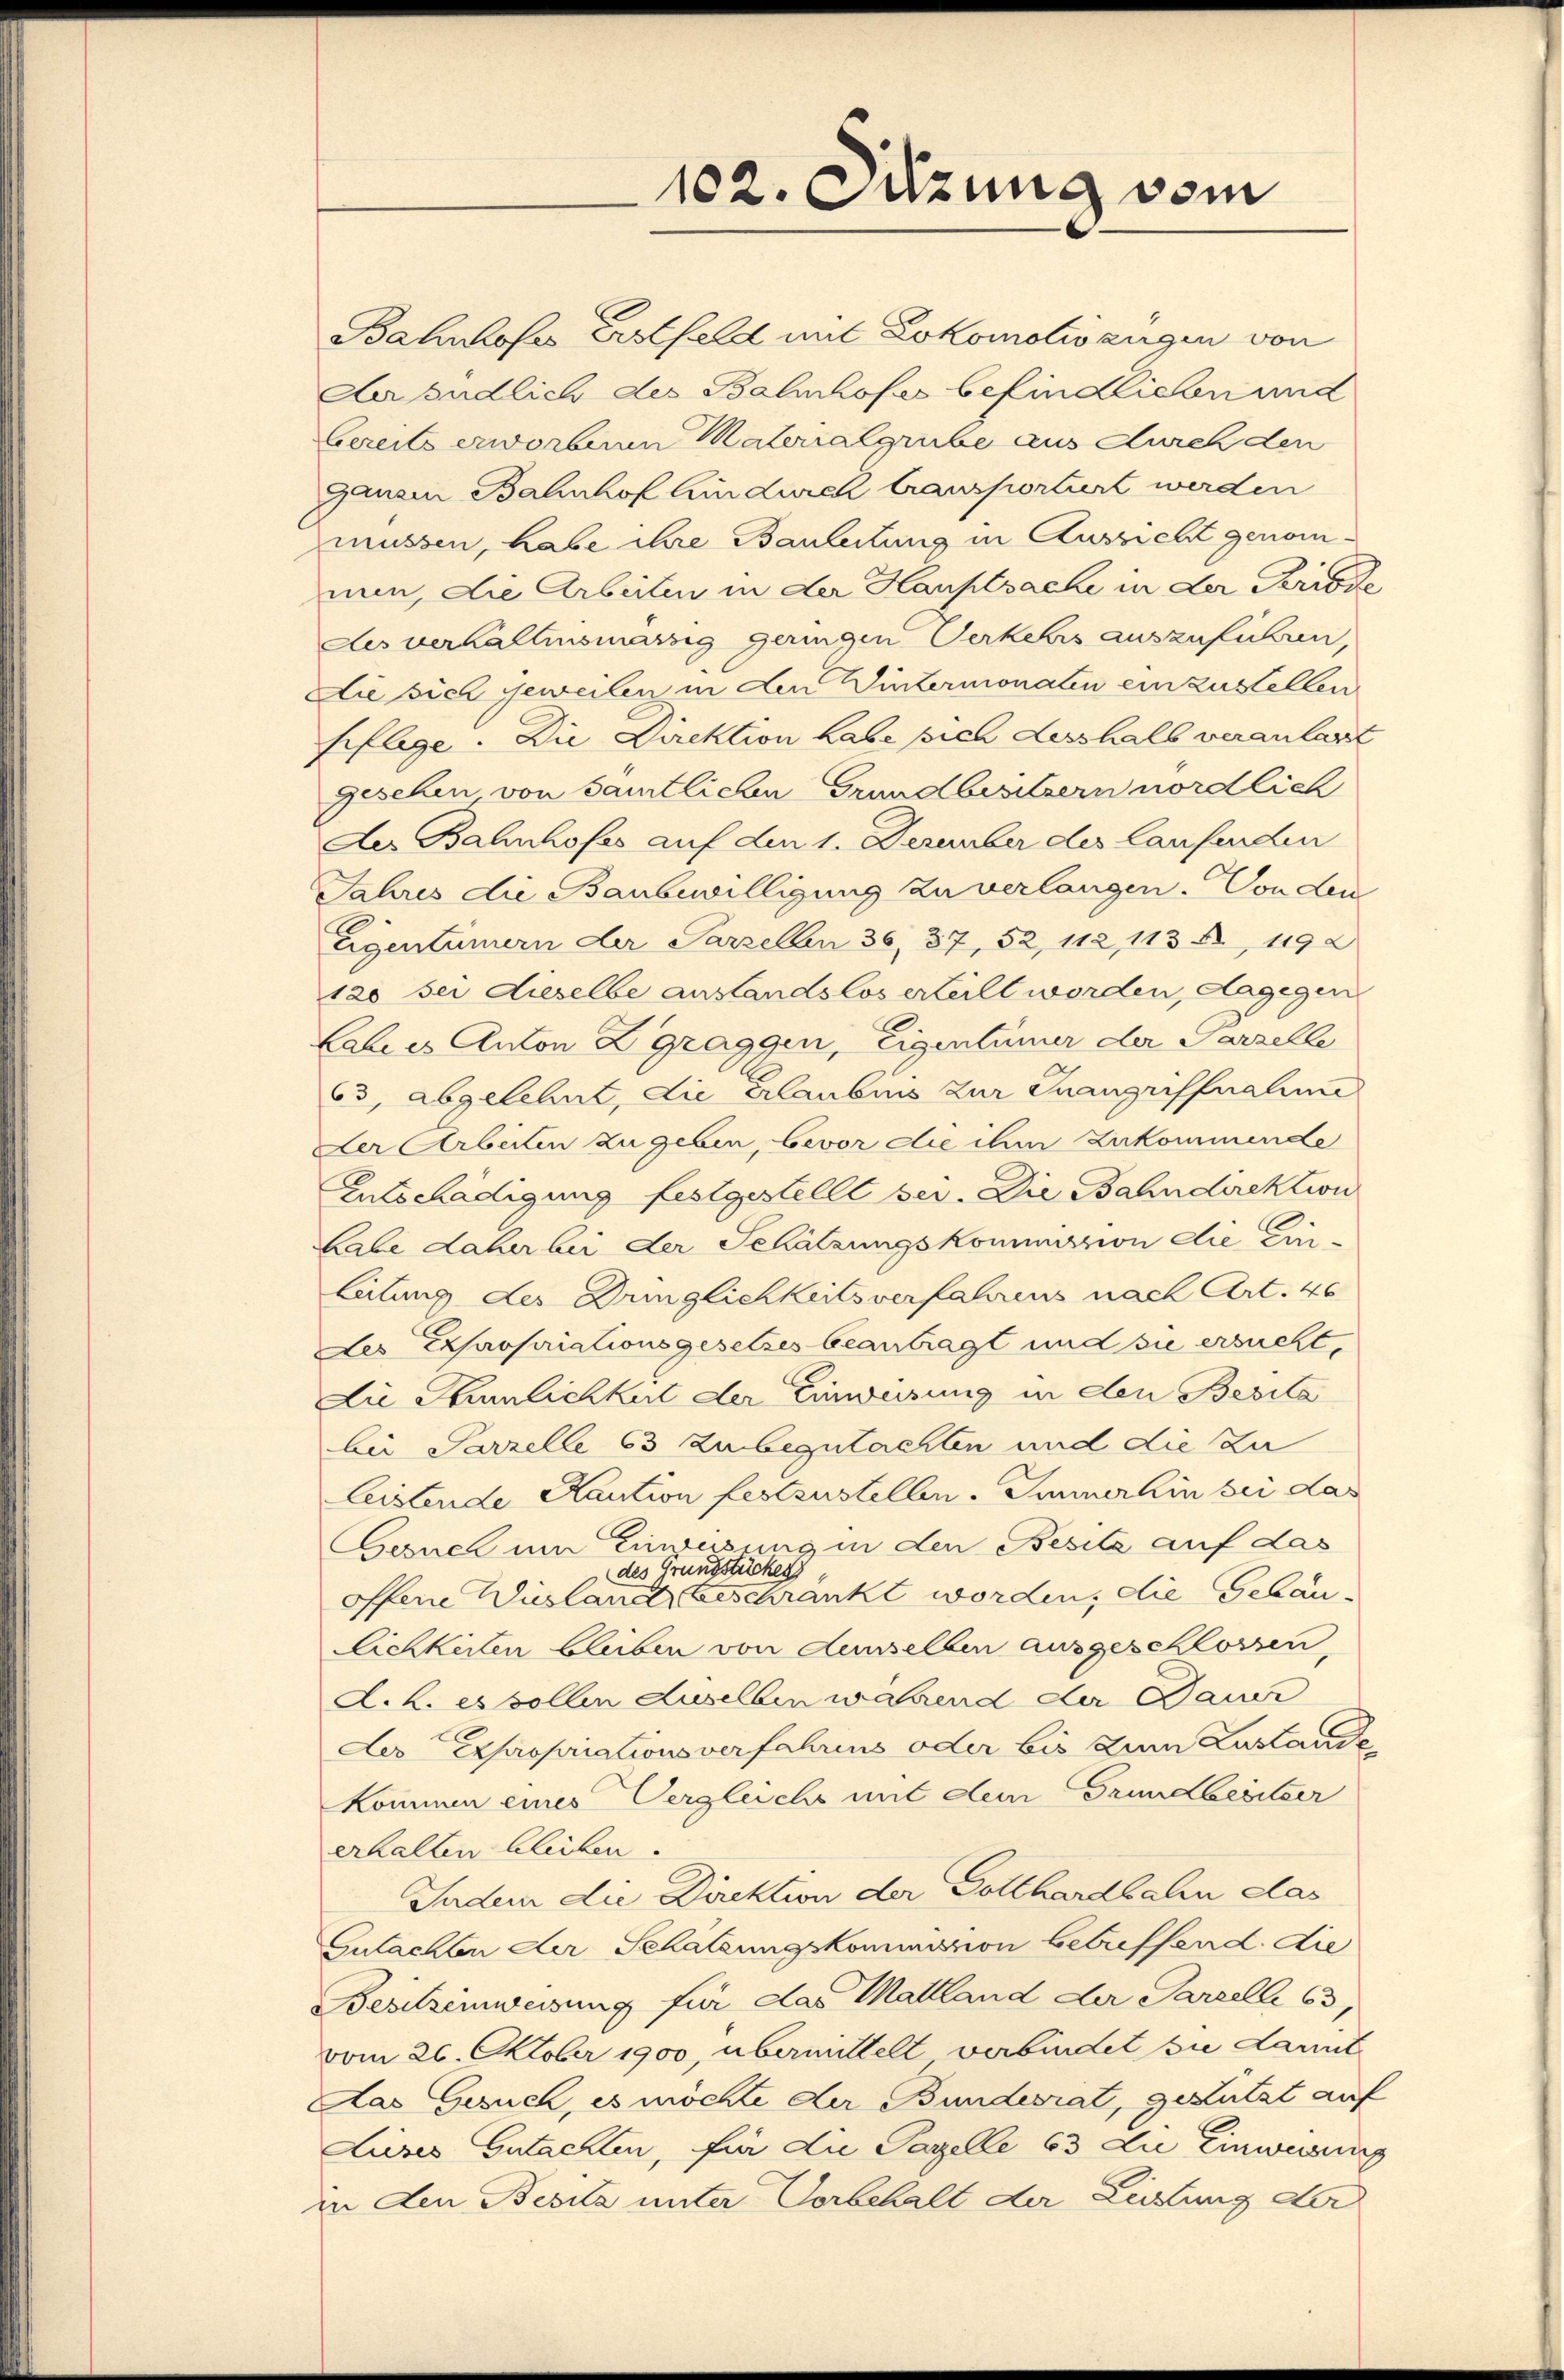
102. Sitzung vom

Bahnhofes Erstfeld mit Lokomotiv zugen von
Aaendlich des Balinhofes befindlichen und
bereits erworbenn Malonalgrube aus durch den
ganzen Bahnhof hindurch transportiert werden
müssen, habe ihre Bauleitung in Aussicht genomnun, die Arbeiten in der Hauptsache in der Periode
des verzallensmarsig geringen Verkehrs auszuführen,
Die sich geweilen in den Wintermonaten einzustellen
Eiflege. Die Direktion habe sich desshalb veranlast
geschen von samtlichen Grundbesitzern nördlich
Der Bahnhofes auf den 1. Dezember des laufenden
Jahres die Baubewilligung zu verlangen. Von den
Eigentümern der Parzellen 36, 37, 52, 112, 113 f., 1192
120 sei dieselbe anstandslos erteilt worden, dagegen
Labes Anton Zgraggen, Eigentümer der Parzelle
63, abgelehnt, die Erlaubnis zur Inangriffnahme
Der Arbeiten zu geben, bevor die ihm zukommende
Entschädigung festgestellt sei. Die Bahndirektion
Labe daher bei der Schätzungskommission die Ein-
leitung des Dringlichkeits verfahrens nach Art. 46
des Expropriationsgesetzes beantragt und sie ersucht,
Die Stürlichkeit der Einweisung in den Besita
bei Parzelle 63 zubegutachten und die Zu
Leistende Kaution festzustellen. Immerhin bei das
Gesuch um Einweisung in den Besitz auf das
des Grundstückes
offene Wuslandt, Geschränkt worden, die Gebau.
lichkeiten bleiben von denselben ausgeschlossen,
A. h. es sollen Auselben während der Bau
Der Expropriationsverfahrens oder bis zum Lustande
kommen eines Vergleiche mit dem Grundbesitzer
erhalten bleiben.
Indem die Direktion der Gotthardbahn das
Gutachter der Schatzungskommission betreffend die
Besitzeinweisung für das Mattland der Parzelli 63
vom 26. Oktober 1900, übermittelt verbindet sie damit
Aas Gesuch, es möchte der Bundesrat, gestützt auf
Lieses Gutachten, für die Pazelle 63 die Einweisung
in den Besitz unter Vorbehalt der Lüstung der